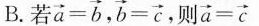
B.若 $$\overrightarrow { a } = \overrightarrow { b }$$ , $$\overrightarrow { b } = \overrightarrow { c }$$ 则 $$\overrightarrow { a } = \overrightarrow { c }$$